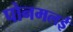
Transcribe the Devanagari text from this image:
पोनमलई